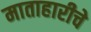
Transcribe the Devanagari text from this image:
माताहारीचे